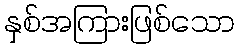
နှစ်အကြားဖြစ်သော